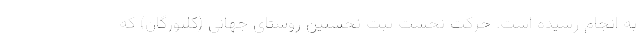
به انجام رسیده است. حرکت نخست ثبت نخستین روستای جهانی (کلپورگان) که